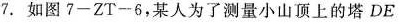
7.如图7-ZT-6，某人为了测量小山顶上的塔DE